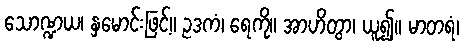
သောဏ္ဍယ၊ နှမောင်းဖြင့်။ ဥဒကံ၊ ရေကို။ အာဟိတွာ၊ ယူ၍။ မာတရံ၊